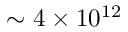
\sim 4 \times 1 0 ^ { 1 2 }